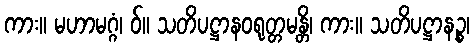
ကား။ မဟာမဂ္ဂံ၊ ဝ်။ သတိပဋ္ဌာနဝရုတ္တမန္တိ၊ ကား။ သတိပဋ္ဌာနဉ္စ၊